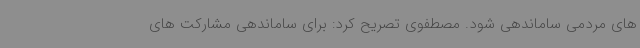
های مردمی ساماندهی شود. مصطفوی تصریح کرد: برای ساماندهی مشارکت های